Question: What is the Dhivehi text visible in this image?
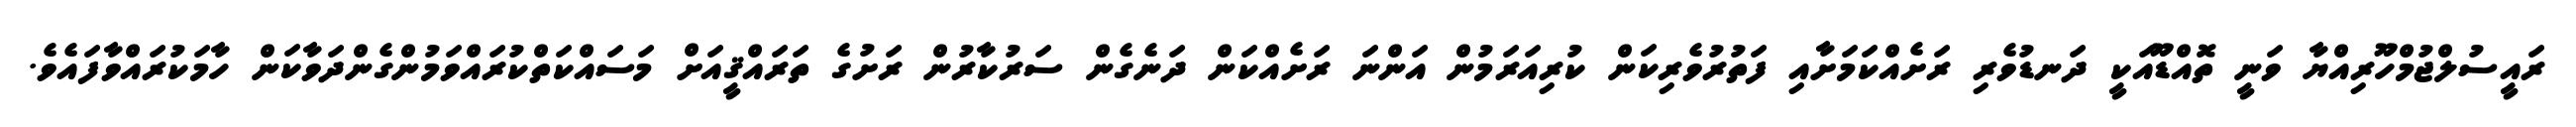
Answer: ރައީސުލްޖުމްހޫރިއްޔާ ވަނީ ތޮއްޑޫއަކީ ދަނޑުވެރި ރަށެއްކަމަށާއި ފަތުރުވެރިކަން ކުރިއަރަމުން އަންނަ ރަށެއްކަން ދަނެގެން ސަރުކާރުން ރަށުގެ ތަރައްޤީއަށް މަސައްކަތްކުރައްވަމުންގެންދަވާކަން ހާމަކުރައްވާފައެވެ.